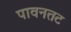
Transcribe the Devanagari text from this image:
पावनतट